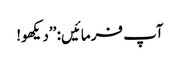
آپ فرمائیں: ’’دیکھو!